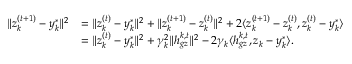
\begin{array} { r l } { \| z _ { k } ^ { ( t + 1 ) } - y _ { k } ^ { * } \| ^ { 2 } } & { = \| z _ { k } ^ { ( t ) } - y _ { k } ^ { * } \| ^ { 2 } + \| z _ { k } ^ { ( t + 1 ) } - z _ { k } ^ { ( t ) } \| ^ { 2 } + 2 \langle z _ { k } ^ { ( t + 1 ) } - z _ { k } ^ { ( t ) } , z _ { k } ^ { ( t ) } - y _ { k } ^ { * } \rangle } \\ & { = \| z _ { k } ^ { ( t ) } - y _ { k } ^ { * } \| ^ { 2 } + \gamma _ { k } ^ { 2 } \| h _ { g z } ^ { k , t } \| ^ { 2 } - 2 \gamma _ { k } \langle h _ { g z } ^ { k , t } , z _ { k } - y _ { k } ^ { * } \rangle . } \end{array}